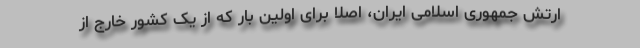
ارتش جمهوری اسلامی ایران، اصلا برای اولین بار که از یک کشور خارج از